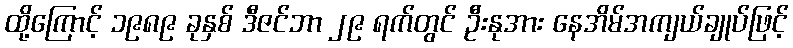
ထို့ကြောင့် ၁၉၈၉ ခုနှစ် ဒီဇင်ဘာ ၂၉ ရက်တွင် ဦးနုအား နေအိမ်အကျယ်ချုပ်ဖြင့်